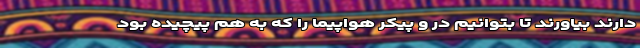
دارند بیاورند تا بتوانیم در و پیکر هواپیما را که به هم پیچیده بود